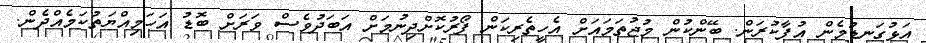
އަޅުގަނޑުމެން އުފާކުރަން. ބޭންކުން މުޖުތަމައަށް އެހީތެރިކަން ފޯރުކޮށްދިނުމަށް އަބަދުވެސް ވަރަށް ބޮޑު އަހަމިއްޔަތުކަމެއްދެން.